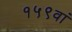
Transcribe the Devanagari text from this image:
१५९वां